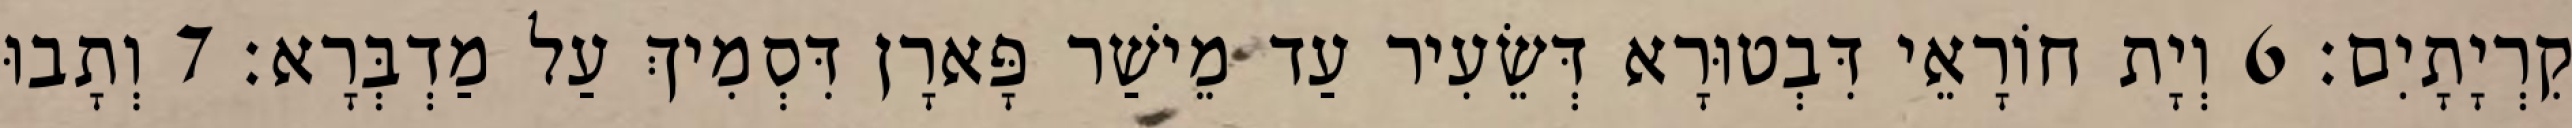
קִרְיָתָיִם׃ 6 וְיָת חוֹרָאֵי דִּבְטוּרָא דְּשֵׂעִיר עַד מֵישַׁר פָּארָן דִּסְמִיךְ עַל מַדְבְּרָא׃ 7 וְתָבוּ